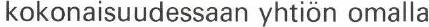
kokonaisuudessaan yhtiön omalla